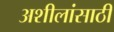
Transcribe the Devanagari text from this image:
अशीलांसाठी